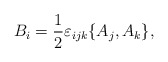
\begin{align*}B_i=\frac{1}{2}\varepsilon_{ijk}\{A_j,A_k\}, \end{align*}